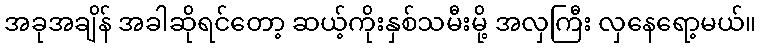
အခုအချိန် အခါဆိုရင်တော့ ဆယ့်ကိုးနှစ်သမီးမို့ အလှကြီး လှနေရော့မယ်။